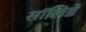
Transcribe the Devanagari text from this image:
सॉलिडे